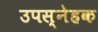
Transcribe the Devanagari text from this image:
उपस्नेहक